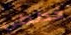
خططي